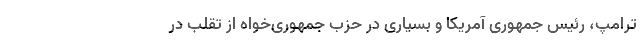
ترامپ، رئیس جمهوری آمریکا و بسیاری در حزب جمهوری‌خواه از تقلب در